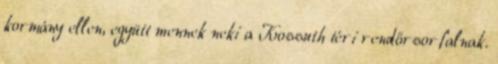
kormány ellen, együtt mennek neki a Kossuth téri rendőrsorfalnak.